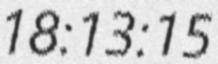
18:13:15